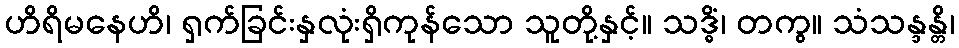
ဟိရိမနေဟိ၊ ရှက်ခြင်းနှလုံးရှိကုန်သော သူတို့နှင့်။ သဒ္ဓိံ၊ တကွ။ သံသန္ဒန္တိ၊